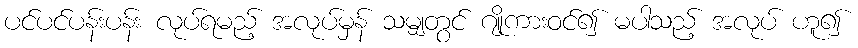
ပင်ပင်ပန်းပန်း လုပ်ရမည့် အလုပ်မှန် သမျှတွင် ဂျိုကားဝင်၍ မပါသည့် အလုပ် ဟူ၍